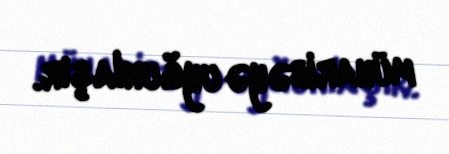
müharibəyə uyğunlaşır.